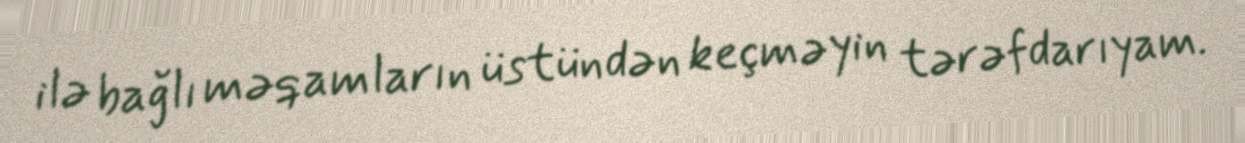
ilə bağlı məqamların üstündən keçməyin tərəfdarıyam.